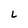
Character: L